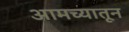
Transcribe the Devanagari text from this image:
आमच्यातून